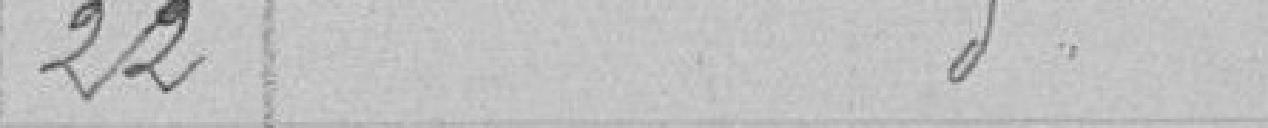
22 - Idem